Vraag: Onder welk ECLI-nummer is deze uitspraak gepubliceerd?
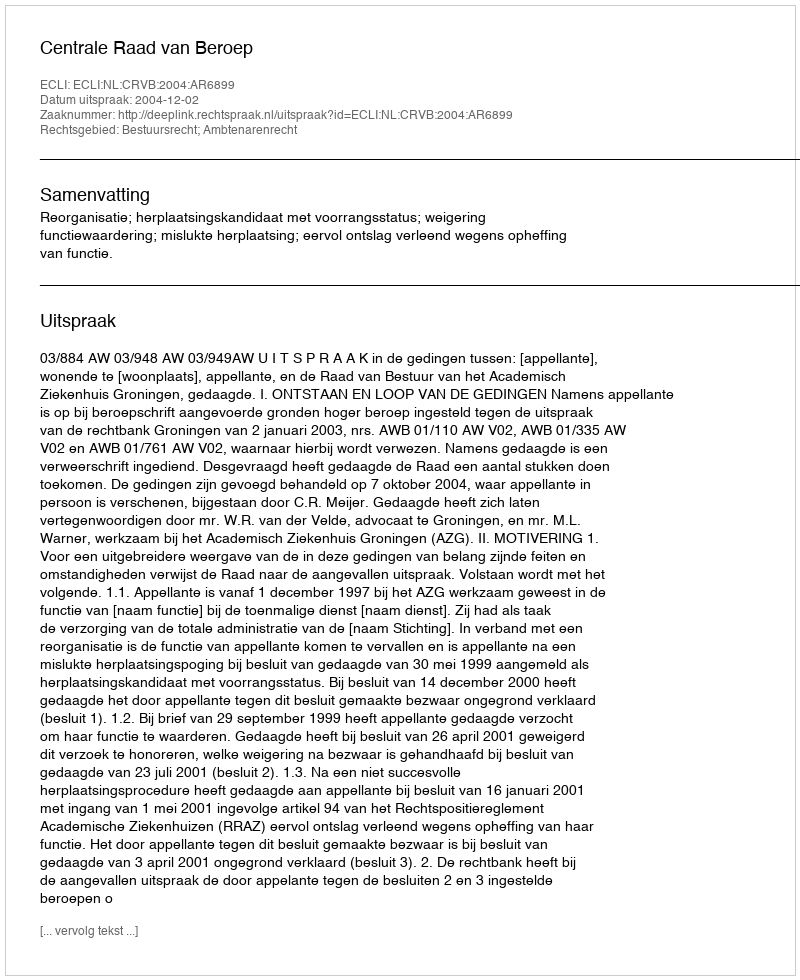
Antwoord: ECLI:NL:CRVB:2004:AR6899